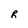
Character: R